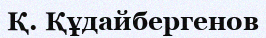
Қ. Құдайбергенов